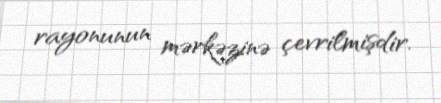
rayonunun mərkəzinə çevrilmişdir.